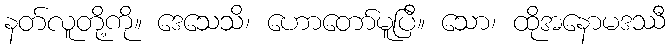
နတ်လူတို့ကို။ ဒေသေသိ၊ ဟောတော်မူပြီ။ သော၊ ထိုအနောမဒဿီ